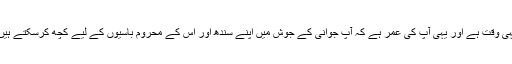
یہی وقت ہے اور یہی آپ کی عمر ہے کہ آپ جوانی کے جوش میں اپنے سندھ اور اس کے محروم باسیوں کے لیے کچھ کرسکتے ہیں۔